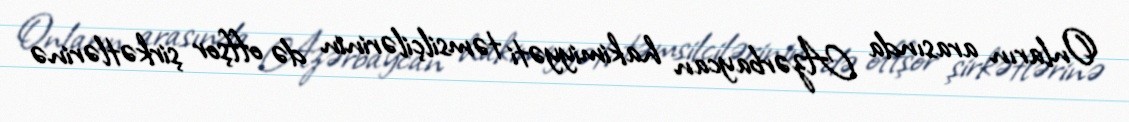
Onların arasında Azərbaycan hakimiyyəti təmsilçilərinin də offşor şirkətlərinə